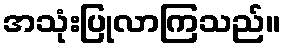
အသုံးပြုလာကြသည်။